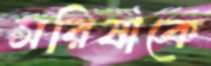
সরিষাকে